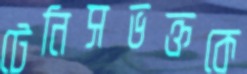
টেনিসভক্তকে